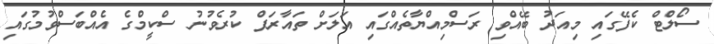
ސޯލްޓް ކެފޭގައި މިއަދު ބޭއްވި ރަސްމިއްޔާތެއްގައި އަލަށް ތައާރަފް ކުރެވުނު ސްކީމްގެ އެއްބަސްވުމުގައި